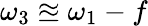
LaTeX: \omega_{3}\approxeq\omega_{1}-f